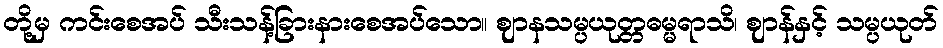
တို့မှ ကင်းစေအပ် သီးသန့်ခြားနားစေအပ်သော။ ဈာနသမ္ပယုတ္တဓမ္မရာသိ၊ ဈာန်နှင့် သမ္ပယုတ်